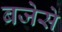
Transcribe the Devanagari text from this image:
बजेसे